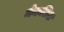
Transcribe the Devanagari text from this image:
मेकलिश